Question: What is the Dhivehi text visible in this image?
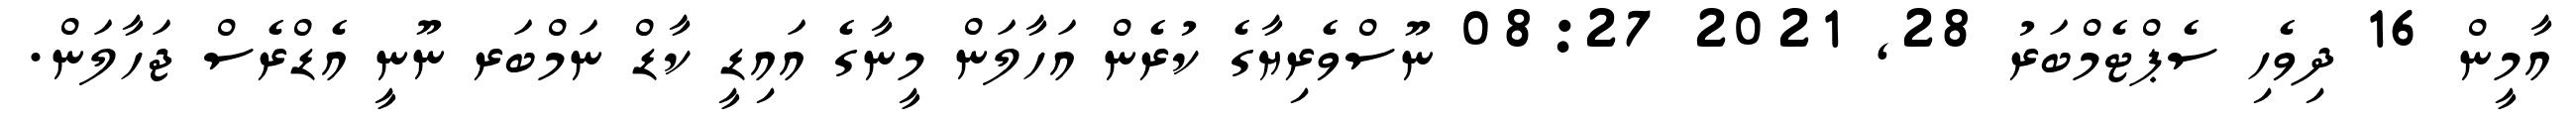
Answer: އާމީން 16 ދިވެހި ސެޕްޓެމްބަރު 28, 2021 08:27 ނޫސްވެރިޔާގެ ކުރެން އަހާލަން މީނާގެ އައިޑީ ކާޑް ނަމްބަރ ނޫނީ އެޑްރެސް ޖަހާލަން.